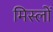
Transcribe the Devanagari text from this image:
मिस्लों